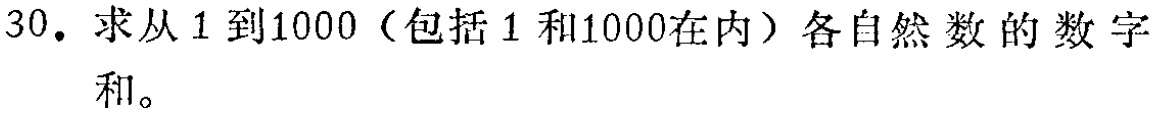
30. 求从 1 到 1000（包括 1 和 1000在内）各自然数的数字和。